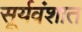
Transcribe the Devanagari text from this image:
सूर्यवंशात